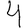
Digit: 4